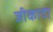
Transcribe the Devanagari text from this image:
जीकादा